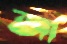
জা